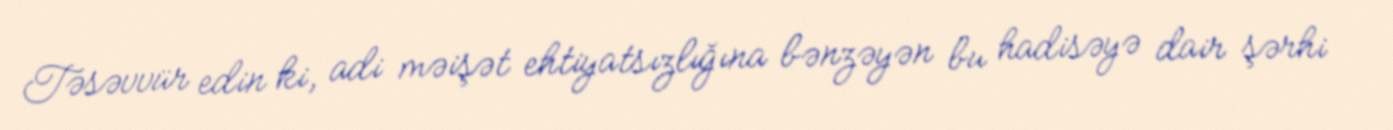
Təsəvvür edin ki, adi məişət ehtiyatsızlığına bənzəyən bu hadisəyə dair şərhi